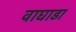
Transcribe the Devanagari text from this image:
वाघाडा